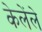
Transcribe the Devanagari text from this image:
केलेंले